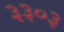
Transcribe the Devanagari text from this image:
३३०३